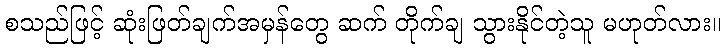
စသည်ဖြင့် ဆုံးဖြတ်ချက်အမှန်တွေ ဆက် တိုက်ချ သွားနိုင်တဲ့သူ မဟုတ်လား။